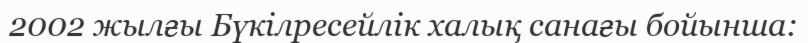
2002 жылғы Бүкілресейлік халық санағы бойынша: